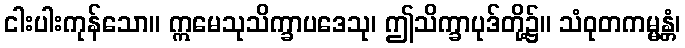
ငါးပါးကုန်သော။ ဣမေသုသိက္ခာပဒေသု၊ ဤသိက္ခာပုဒ်တို့၌။ သံဝုတကမ္မန္တံ၊